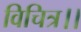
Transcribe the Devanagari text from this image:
विचित्र।।